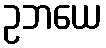
ဥဘယေ